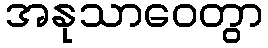
အနုသာဝေတွာ